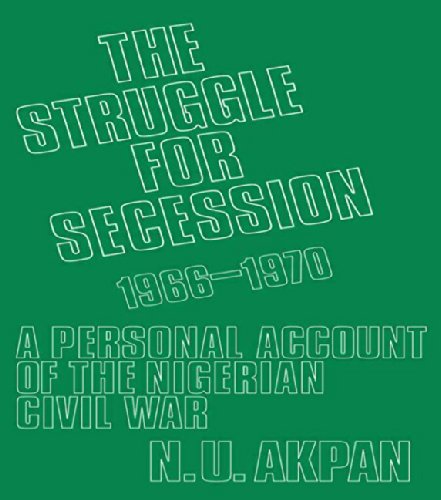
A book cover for The Struggle for Secession, 1966-1970: A Personal Account of the Nigerian Civil War; Ntieyong U. Akpan; History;